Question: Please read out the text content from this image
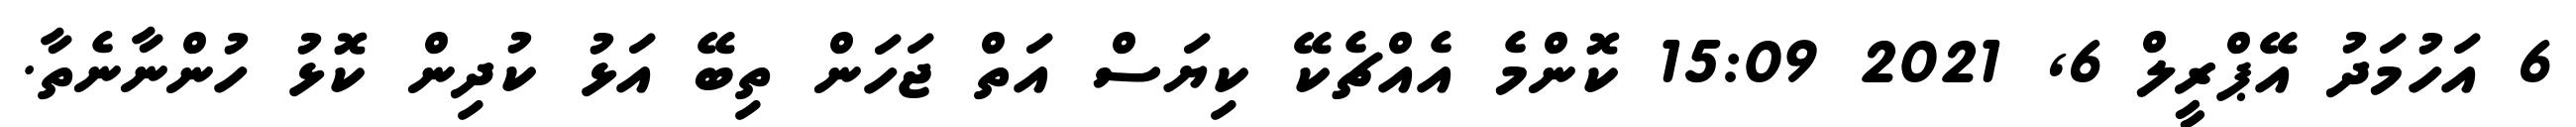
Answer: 6 އަހުމަދު އޭޕްރީލް 6, 2021 15:09 ކޮންމެ އެއްޗެކޭ ކިޔަސް އަތް ޖަހަން ތިބޭ އަޅު ކުދިން ކޮޅު ހުންނާނެތާ.